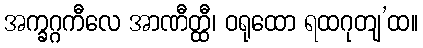
အက္ခဂ္ဂကီလေ အာဏီတ္ထီ၊ ဝရုထော ရထဂုတျ’ထ။